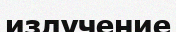
излучение